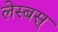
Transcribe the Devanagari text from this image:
लेस्बस्